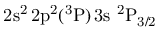
\mathrm { 2 s ^ { 2 } \, 2 p ^ { 2 } ( ^ { 3 } P ) \, 3 s ~ ^ { 2 } P _ { 3 / 2 } }